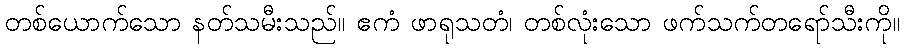
တစ်ယောက်သော နတ်သမီးသည်။ ဧကံ ဖာရုသတံ၊ တစ်လုံးသော ဖက်သက်တရော်သီးကို။